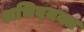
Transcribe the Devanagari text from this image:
अभिव्‍यक्त